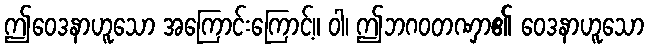
ဤဝေဒနာဟူသော အကြောင်းကြောင့်။ ဝါ၊ ဤဘဂဝတဏှာ၏ ဝေဒနာဟူသော